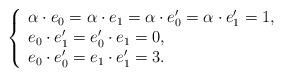
LaTeX: \begin{align*}\left\lbrace\begin{array}{l}\alpha\cdot e_0 = \alpha\cdot e_1 = \alpha\cdot e'_0 = \alpha\cdot e'_1 = 1,\\ e_0\cdot e'_1 = e'_0\cdot e_1 = 0,\\ e_0\cdot e_0' = e_1\cdot e_1' = 3.\end{array}\right. \end{align*}